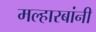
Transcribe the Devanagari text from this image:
मल्हारबांनी